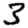
Digit: 3